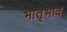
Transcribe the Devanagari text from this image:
भातृभाव